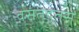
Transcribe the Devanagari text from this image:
वसंतद्तसे